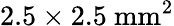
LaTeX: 2.5\times 2.5~\textrm{mm}^{2}